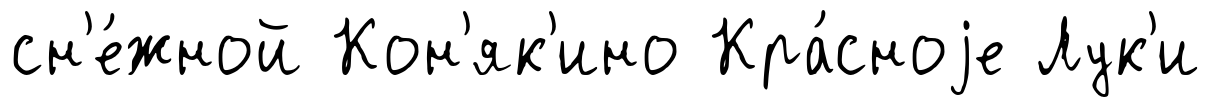
сн'е́жной Кон'як'ино Кра́сноjе Лук'и